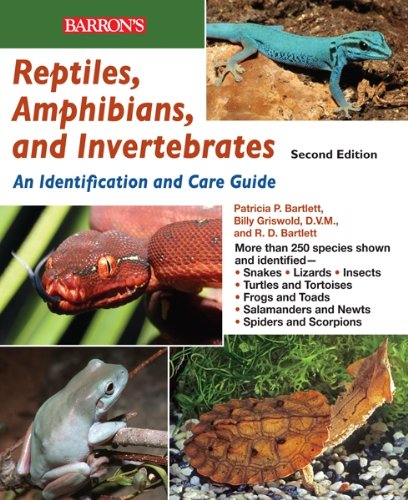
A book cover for Reptiles, Amphibians, and Invertebrates: An Identification and Care Guide; R.D. Bartlett; Crafts, Hobbies & Home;